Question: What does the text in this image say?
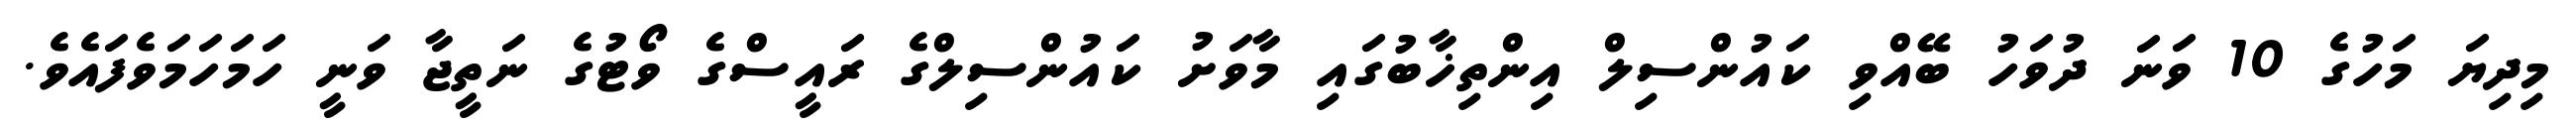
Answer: މިދިޔަ މަހުގެ 10 ވަނަ ދުވަހު ބޭއްވި ކައުންސިލް އިންތިޚާބުގައި މާވަށު ކައުންސިލްގެ ރައީސްގެ ވޯޓުގެ ނަތީޖާ ވަނީ ހަމަހަމަވެފައެވެ.